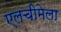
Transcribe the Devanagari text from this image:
एलचीमेला